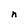
Character: n